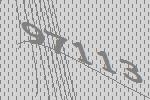
97113